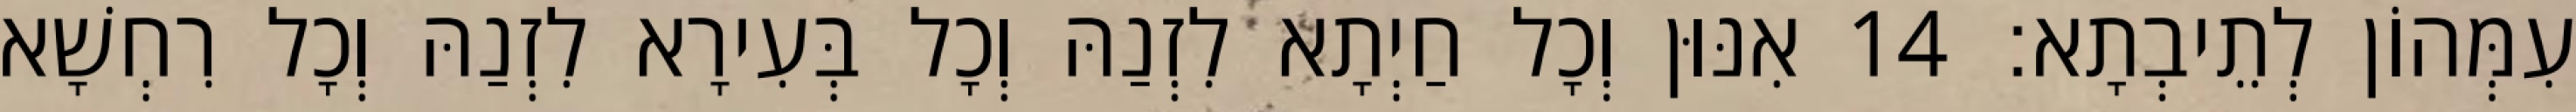
עִמְּהוֹן לְתֵיבְתָא׃ 14 אִנּוּן וְכָל חַיְתָא לִזְנַהּ וְכָל בְּעִירָא לִזְנַהּ וְכָל רִחְשָׁא